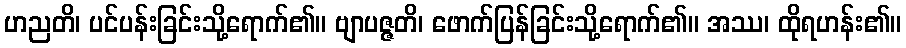
ဟညတိ၊ ပင်ပန်းခြင်းသို့ရောက်၏။ ဗျာပဇ္ဇတိ၊ ဖောက်ပြန်ခြင်းသို့ရောက်၏။ အဿ၊ ထိုရဟန်း၏။